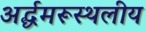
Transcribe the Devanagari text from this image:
अर्द्धमरूस्थलीय